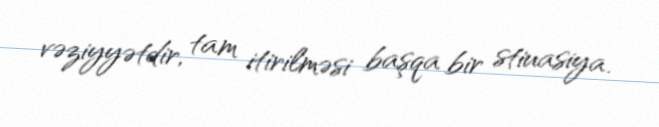
vəziyyətdir, tam itirilməsi başqa bir stiuasiya.